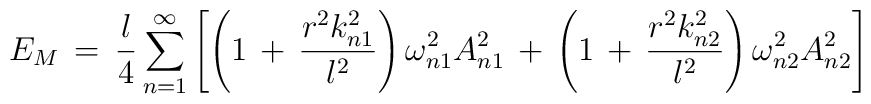
E_{M}\,=\,\frac{l}{4}\sum_{n=1}^{\infty}\left[\left(1\,+\,\frac{r^{2}k_{n1}^2}{l^2}\right)\omega_{n1}^{2}A_{n1}^2\,+\,\left(1\,+\,\frac{r^{2}k_{n2}^2}{l^2}\right)\omega_{n2}^{2}A_{n2}^2\right]